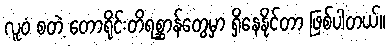
လူဝံ စတဲ့ တောရိုင်းတိရစ္ဆာန်တွေမှာ ရှိနေနိုင်တာ ဖြစ်ပါတယ်။